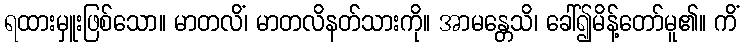
ရထားမှူးဖြစ်သော။ မာတလိံ၊ မာတလိနတ်သားကို။ အာမန္တေသိ၊ ခေါ်၍မိန့်တော်မူ၏။ ကိံ